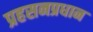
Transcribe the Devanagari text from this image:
प्रहसनप्रधान